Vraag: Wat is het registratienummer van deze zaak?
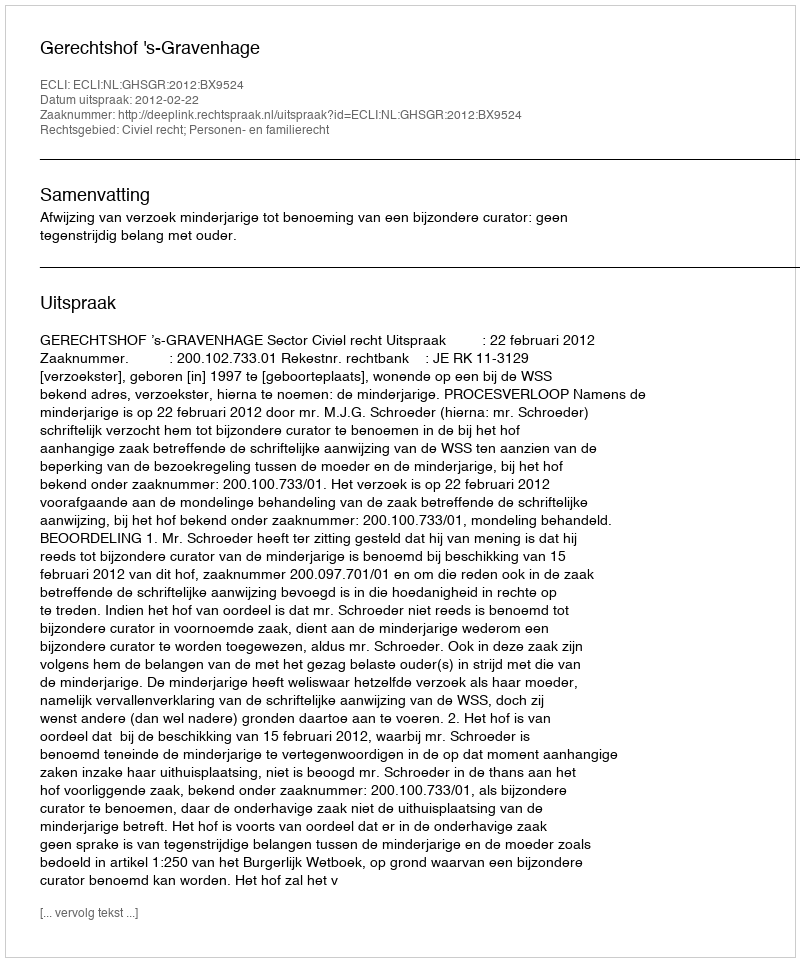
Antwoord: http://deeplink.rechtspraak.nl/uitspraak?id=ECLI:NL:GHSGR:2012:BX9524